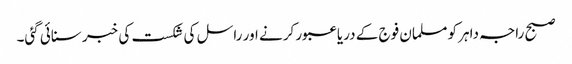
صبح راجہ داہر کو مسلمان فوج کے دریا عبور کرنے اور راسل کی شکست کی خبر سنائی گئی۔